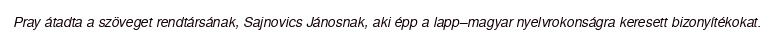
Pray átadta a szöveget rendtársának, Sajnovics Jánosnak, aki épp a lapp–magyar nyelvrokonságra keresett bizonyítékokat.